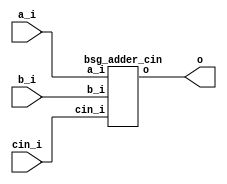
// This program was cloned from: https://github.com/chipsalliance/synlig
// License: Apache License 2.0



module top
(
  a_i,
  b_i,
  cin_i,
  o
);

  input [15:0] a_i;
  input [15:0] b_i;
  output [15:0] o;
  input cin_i;

  bsg_adder_cin
  wrapper
  (
    .a_i(a_i),
    .b_i(b_i),
    .o(o),
    .cin_i(cin_i)
  );


endmodule



module bsg_adder_cin
(
  a_i,
  b_i,
  cin_i,
  o
);

  input [15:0] a_i;
  input [15:0] b_i;
  output [15:0] o;
  input cin_i;
  wire [15:0] o;
  wire N0,N1,N2,N3,N4,N5,N6,N7,N8,N9,N10,N11,N12,N13,N14,N15;
  assign { N15, N14, N13, N12, N11, N10, N9, N8, N7, N6, N5, N4, N3, N2, N1, N0 } = a_i + b_i;
  assign o = { N15, N14, N13, N12, N11, N10, N9, N8, N7, N6, N5, N4, N3, N2, N1, N0 } + cin_i;

endmodule